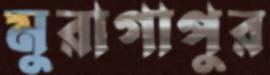
মুরাগাপুর